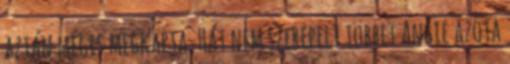
aztán mégis megkapta. Hát nem szerepelt többet Angie azóta